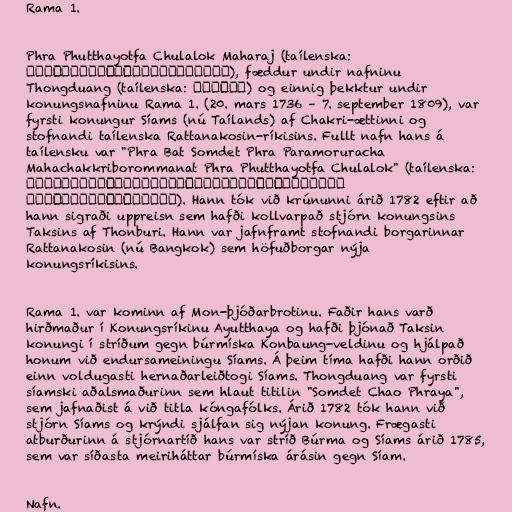
Rama 1.

Phra Phutthayotfa Chulalok Maharaj (taílenska:
พระพุทธยอดฟ้าจุฬาโลกมหาราช), fæddur undir nafninu
Thongduang (taílenska: ทองด้วง) og einnig þekktur undir
konungsnafninu Rama 1. (20. mars 1736 – 7. september 1809), var
fyrsti konungur Síams (nú Taílands) af Chakri-ættinni og
stofnandi taílenska Rattanakosin-ríkisins. Fullt nafn hans á
taílensku var "Phra Bat Somdet Phra Paramoruracha
Mahachakkriborommanat Phra Phutthayotfa Chulalok" (taílenska:
พระบาทสมเด็จพระปรโมรุราชามหาจักรีบรมนารถ
พระพุทธยอดฟ้าจุฬาโลก). Hann tók við krúnunni árið 1782 eftir að
hann sigraði uppreisn sem hafði kollvarpað stjórn konungsins
Taksins af Thonburi. Hann var jafnframt stofnandi borgarinnar
Rattanakosin (nú Bangkok) sem höfuðborgar nýja
konungsríkisins.

Rama 1. var kominn af Mon-þjóðarbrotinu. Faðir hans varð
hirðmaður í Konungsríkinu Ayutthaya og hafði þjónað Taksin
konungi í stríðum gegn búrmíska Konbaung-veldinu og hjálpað
honum við endursameiningu Síams. Á þeim tíma hafði hann orðið
einn voldugasti hernaðarleiðtogi Síams. Thongduang var fyrsti
síamski aðalsmaðurinn sem hlaut titilin "Somdet Chao Phraya",
sem jafnaðist á við titla kóngafólks. Árið 1782 tók hann við
stjórn Síams og krýndi sjálfan sig nýjan konung. Frægasti
atburðurinn á stjórnartíð hans var stríð Búrma og Síams árið 1785,
sem var síðasta meiriháttar búrmíska árásin gegn Síam.

Nafn.